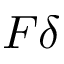
F \delta